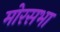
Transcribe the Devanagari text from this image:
मोरसभा